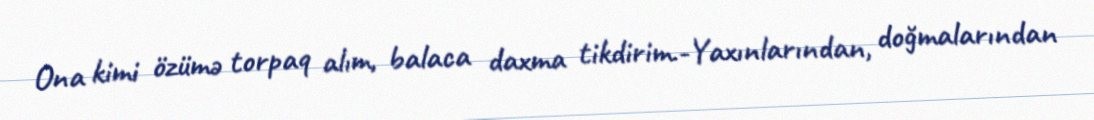
Ona kimi özümə torpaq alım, balaca daxma tikdirim.-Yaxınlarından, doğmalarından